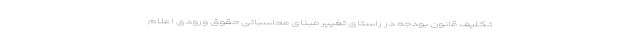
تکلیف قانون بودجه در راستای تغییر مبنای محاسباتی حقوق ورودی اعلام